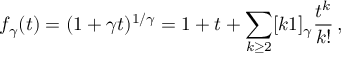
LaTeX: f _ { \gamma } ( t ) = ( 1 + \gamma t ) ^ { 1 / \gamma } = 1 + t + \sum _ { k \geq 2 } [ k \- 1 ] _ { \gamma } \frac { t ^ { k } } { k ! } \, ,